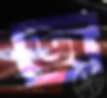
জু